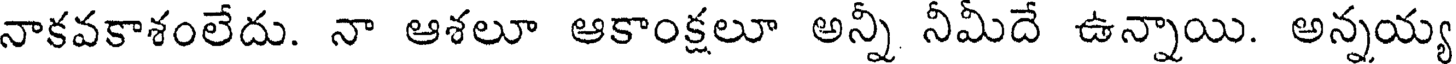
నాకవకాశంలేదు. నా ఆశలూ ఆకాంక్షలూ అన్నీ నీమీదే ఉన్నాయి. అన్నయ్య